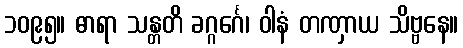
၁၀၉၅။ ဓာရာ သန္တတိ ခဂ္ဂင်္ဂေ၊ ဝါနံ တဏှာယ သိဗ္ဗနေ။